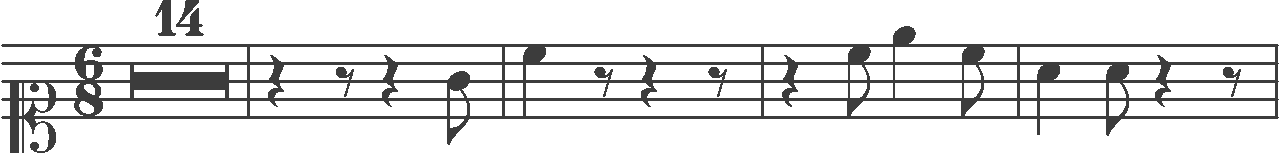
Transcription: clef-C1 timeSignature-6/8 multirest-14 barline rest-quarter rest-eighth rest-quarter note-G4_eighth barline note-C5_quarter rest-eighth rest-quarter rest-eighth barline rest-quarter note-C5_eighth note-E5_quarter note-C5_eighth barline note-A4_quarter note-A4_eighth rest-quarter rest-eighth barline